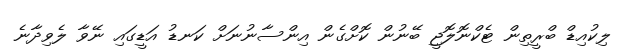
ލިކުއިޑް ބްރީތިން ޓެކްނޮލޮޖީ ބޭނުން ކޮށްގެން އިންސާނުނަށް ކަނޑު އަޑީގައި ނޭވާ ލެވިދާނެ